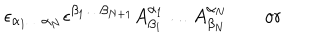
\epsilon _ { \alpha _ { 1 } \ldots \alpha _ { N } } \epsilon ^ { \beta _ { 1 } \ldots \beta _ { N + 1 } } A _ { \beta _ { 1 } } ^ { \alpha _ { 1 } } \ldots A _ { \beta _ { N } } ^ { \alpha _ { N } } \qquad \mathrm { o r } \qquad